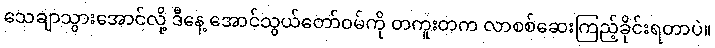
သေချာသွားအောင်လို့ ဒီနေ့ အောင်သွယ်တော်ဝမ်ကို တကူးတက လာစစ်ဆေးကြည့်ခိုင်းရတာပဲ။